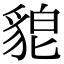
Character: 𮙪